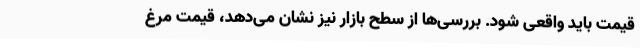
قیمت باید واقعی شود. بررسی‌ها از سطح بازار نیز نشان می‌دهد، قیمت مرغ